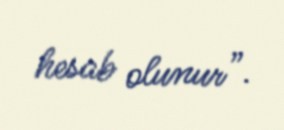
hesab olunur”.